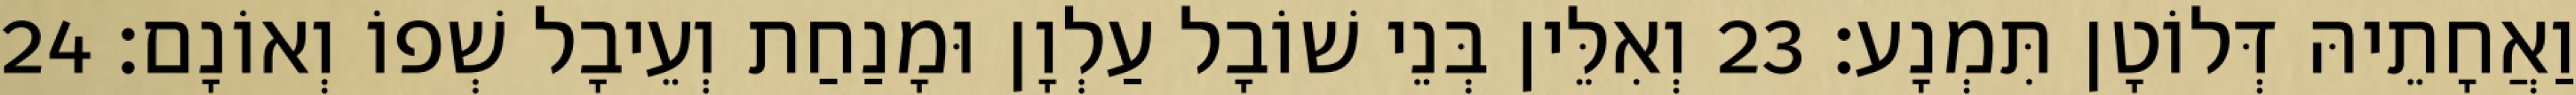
וַאֲחָתֵיהּ דְּלוֹטָן תִּמְנָע׃ 23 וְאִלֵּין בְּנֵי שׁוֹבָל עַלְוָן וּמָנַחַת וְעֵיבָל שְׁפוֹ וְאוֹנָם׃ 24